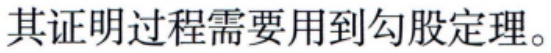
其证明过程需要用到勾股定理。